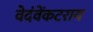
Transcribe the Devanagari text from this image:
वेदंवेंकटराय